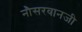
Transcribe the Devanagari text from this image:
नौसरवानजी